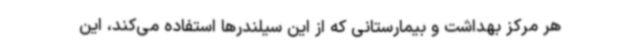
هر مرکز بهداشت و بیمارستانی که از این سیلندرها استفاده می‌کند، این